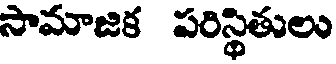
సామాజిక పరిస్థితులు